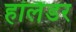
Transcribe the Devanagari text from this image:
हॉलैंडर